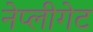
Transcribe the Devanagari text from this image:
नेप्लीगेट